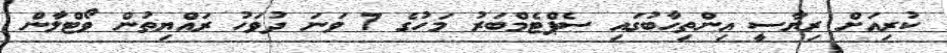
ކުރިއަށް ރިޔާސީ އިންތިހާބުގައި ސެޕްޓެމްބަރު މަހުގެ 7 ވަނަ ދުވަހު ރައްޔިތުން ވޯޓްލާން